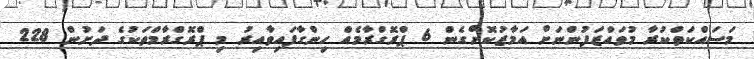
މަސައްކަތްކުރާ މުވައްޒަފުންނަށް އަމާޒުކޮށްގެން 6 ޕްރޮގްރާމެއް ހިންގާފައިވާއިރު މި ޕްރޮގްރާމްތަކުގެ ދަށުން 228